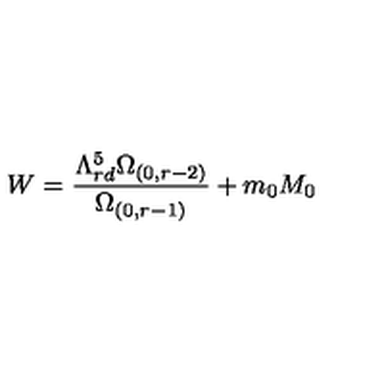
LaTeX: W = \frac { \Lambda _ { r d } ^ { 5 } \Omega _ { ( 0 , r - 2 ) } } { \Omega _ { ( 0 , r - 1 ) } } + m _ { 0 } M _ { 0 }